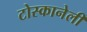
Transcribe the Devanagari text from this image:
टोस्कानेली